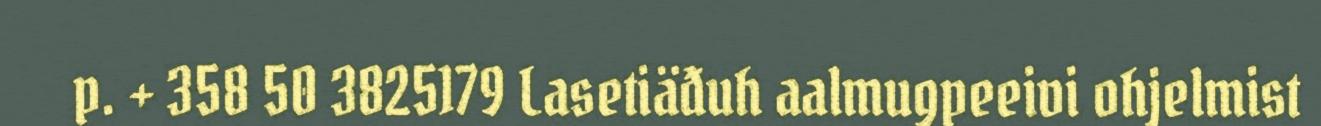
p. + 358 50 3825179 Lasetiäđuh aalmugpeeivi ohjelmist